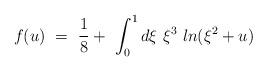
LaTeX: \begin{align*}f(u) \ = \ \frac{1}{8} + \ \int_0^1 d\xi \ \xi^3 \ ln (\xi ^2 + u)\end{align*}